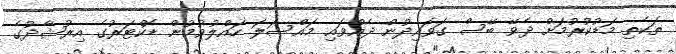
ތަކެތި މަޑުކުރުމަށް ދެވޭ ބޭސް ގަވައިދުން ދެއްވައި މައްސަލަ ހައްލުވުމުން ޑޮކްޓަރުގެ އިރުޝާދުގެ